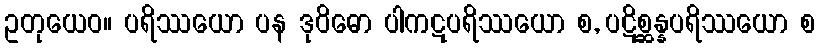
ဥတုယေဝ။ ပရိဿယော ပန ဒုဝိဓော ပါကဋပရိဿယော စ, ပဋိစ္ဆန္နပရိဿယော စ